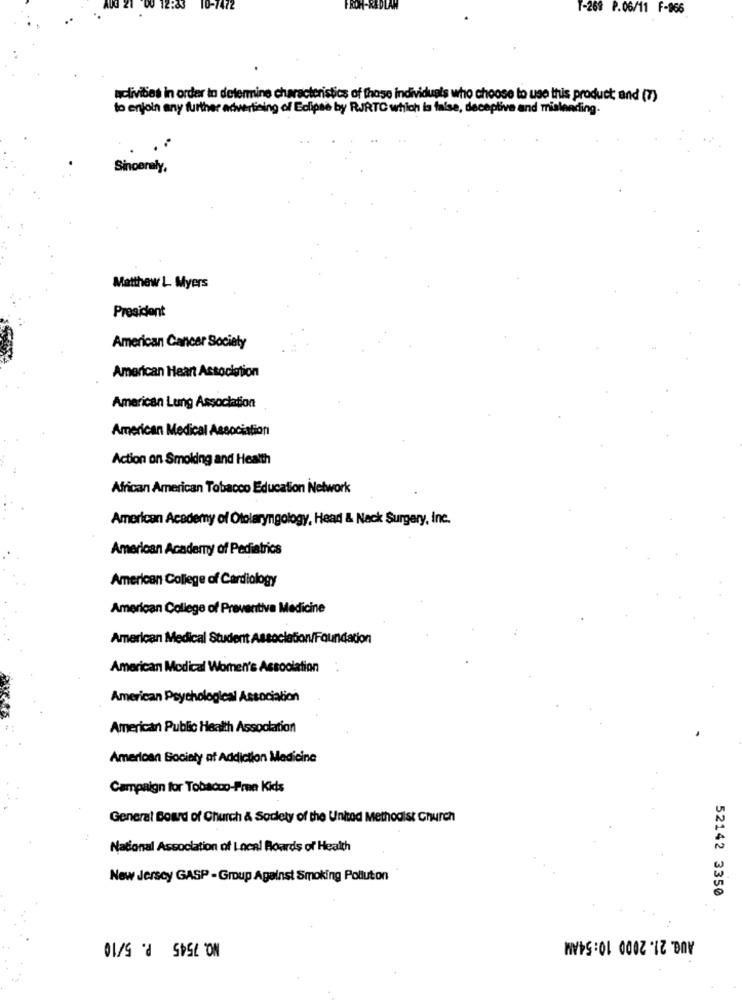
7472
T-269 P.06/11 F-966
activities in order to determine characteristics of those individuals who choose to use this product and (7)
to enjoin any further advertising of Eclipse by RJRTC which is false, deceptive and mialending-
Sincerely,
Matthew L Myers
President
American Cancer Society
American Heart Association
American Lung Association
American Medical Association
Action on Smoking and Health
African American Tobacco Education Network
American Academy of Otolaryngology, Head & Neck Surgery, Inc.
American Academy of Pediatrics
American College of Cardiology
American College of Preventive Medicine
American Medical Student Association/Foundation
American Medical Women's Association
American Psychological Association
American Public Health Association
American Society af Addiction Medicine
Campaign for Tobacco-Pre Kids
General Board of Church & Society of the United Methodist Church
National Association of Incal Boards of Health
New Jersey GASP - Group Against Smoking Pollution
52142 3350
NO. 7545 P. 5/10
AUG. 21. 2000 10:54AM